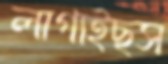
লাগাইছস